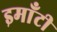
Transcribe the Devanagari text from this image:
इमाँटी